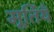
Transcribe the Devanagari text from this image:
मूर्तियँ